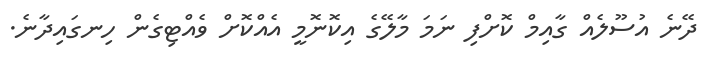
ދޭނެ އުސޫލެއް ގާއިމް ކޮށްފި ނަމަ މާލޭގެ އިކޮނޮމީ އެއްކޮށް ވެއްޓިގެން ހިނގައިދާނެ.